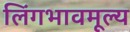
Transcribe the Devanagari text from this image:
लिंगभावमूल्य